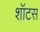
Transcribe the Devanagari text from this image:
शॉटस